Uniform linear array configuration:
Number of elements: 16
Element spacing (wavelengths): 0.75
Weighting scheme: exponential
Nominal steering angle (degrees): -45
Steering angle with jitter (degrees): -44.541
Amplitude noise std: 0.05
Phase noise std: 0.05

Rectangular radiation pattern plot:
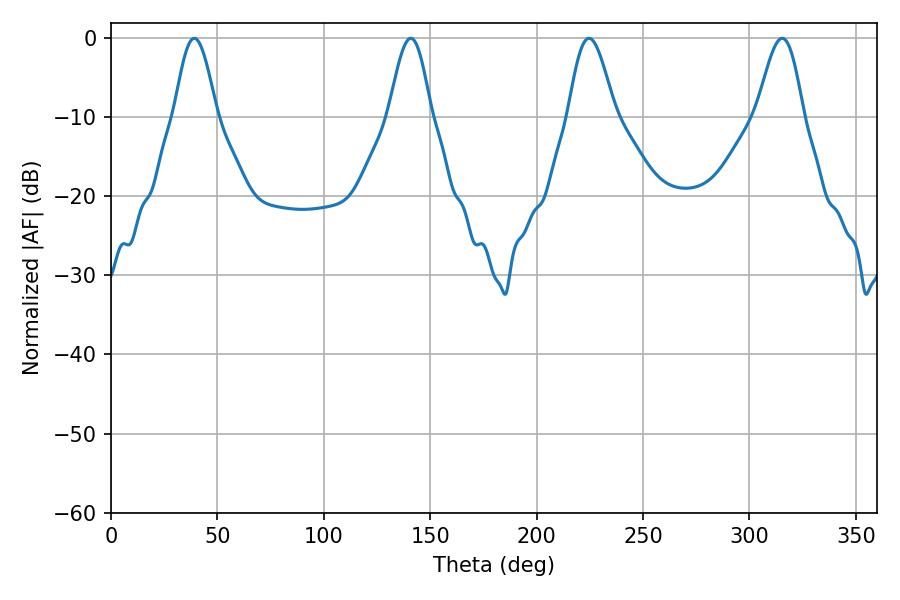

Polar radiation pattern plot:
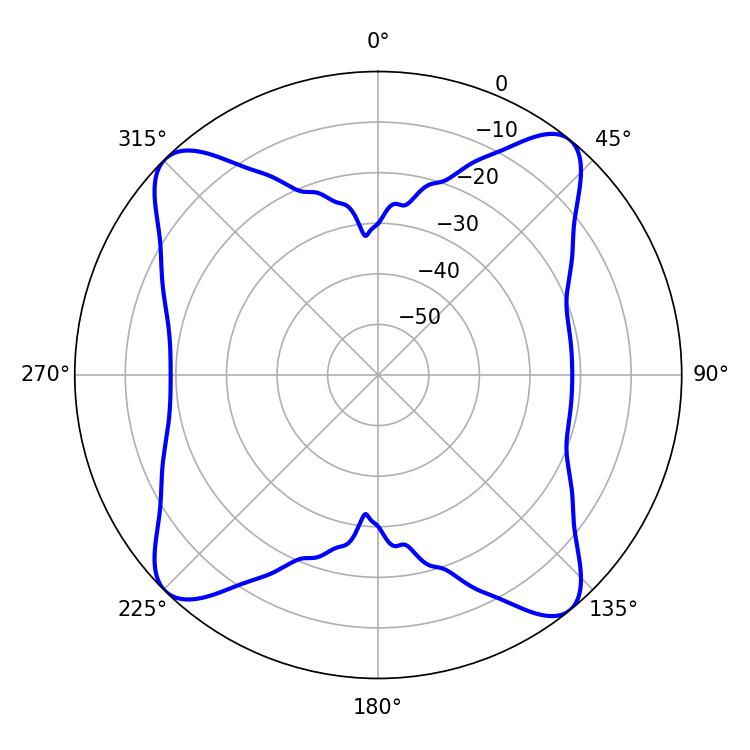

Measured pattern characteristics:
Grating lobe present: TRUE
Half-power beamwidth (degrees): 11.7
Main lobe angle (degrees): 224.64